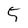
Character: 5